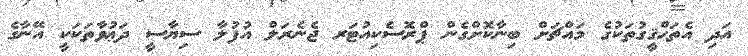
އަދި އެތަޙްޤީގުތަކުގެ މައްޗަށް ބިނާކޮށްގެން ޕްރޮސެކިއުޓަރ ޖެނެރަލް އުފުލާ ސިޔާސީ ދަޢުވާތަކަކީ އޭނާގެ